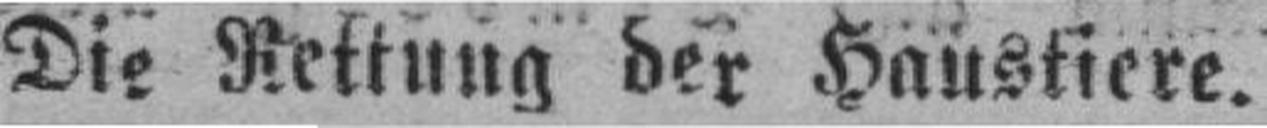
Die Rettung der Haustiere.